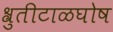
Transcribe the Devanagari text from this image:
श्रुतीटाळघोष